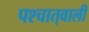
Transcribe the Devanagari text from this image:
पश्चात्‌वाली